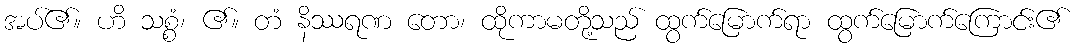
အပ်၏။ ဟိ သစ္စံ၊ ၏။ တံ နိဿရဏ တော၊ ထိုကာမတို့သည် ထွက်မြောက်ရာ ထွက်မြောက်ကြောင်း၏